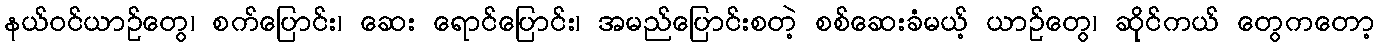
နယ်ဝင်ယာဉ်တွေ၊ စက်ပြောင်း၊ ဆေး ရောင်ပြောင်း၊ အမည်ပြောင်းစတဲ့ စစ်ဆေးခံမယ့် ယာဉ်တွေ၊ ဆိုင်ကယ် တွေကတော့